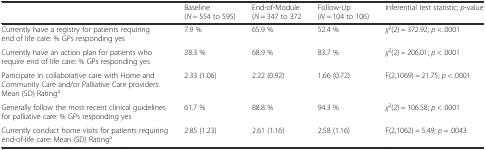
|  | Baseline (N = 554 to 595) | End-of-Module (N = 347 to 372 | Follow-Up (N = 104 to 106) | Inferential test statistic; p-value |
 | --- | --- | --- | --- | --- |
 | Currently have a registry for patients requiring end of life care: % GPs responding yes | 7.9 % | 65.9 % | 52.4 % | χ2(2) = 372.92; p < .0001 |
 | Currently have an action plan for patients who require end of life care: % GPs responding yes | 28.3 % | 68.9 % | 83.7 % | χ2(2) = 206.01; p < .0001 |
 | Participate in collaborative care with Home and Community Care and/or Palliative Care providers: Mean (SD) Ratinga | 2.33 (1.06) | 2.22 (0.92) | 1.66 (0.72) | F(2,1069) = 21.75; p < .0001 |
 | Generally follow the most recent clinical guidelines for palliative care: % GPs responding yes | 61.7 % | 88.8 % | 94.3 % | χ2(2) = 106.58; p < .0001 |
 | Currently conduct home visits for patients requiring end-of-life care: Mean (SD) Ratinga | 2.85 (1.23) | 2.61 (1.16) | 2.58 (1.16) | F(2,1062) = 5.49; p = .0043 |